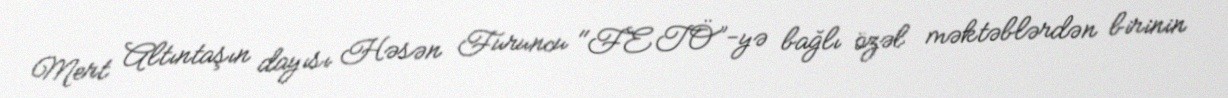
Mert Altıntaşın dayısı Həsən Furuncu "FETÖ”-yə bağlı özəl məktəblərdən birinin